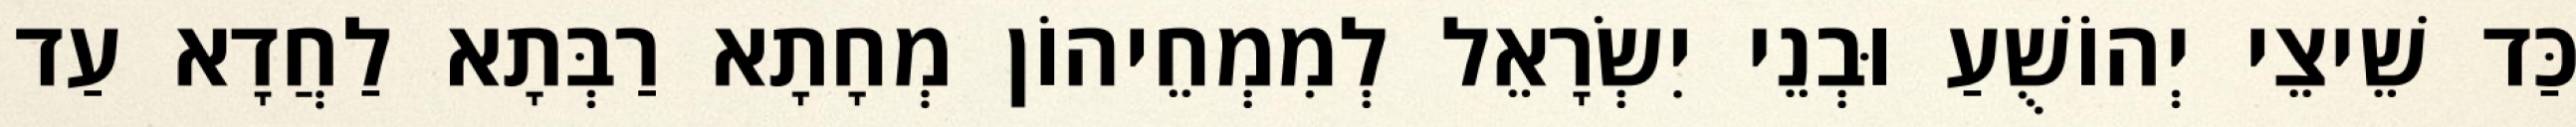
כַּד שֵׁיצֵי יְהוֹשֻׁעַ וּבְנֵי יִשְׂרָאֵל לְמִמְחֵיהוֹן מְחָתָא רַבְּתָא לַחֲדָא עַד